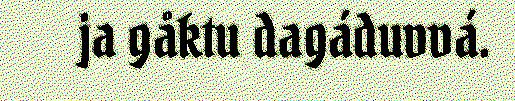
ja gåktu dagáduvvá.